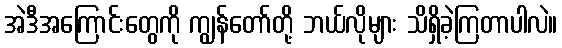
အဲဒီအကြောင်းတွေကို ကျွန်တော်တို့ ဘယ်လိုများ သိရှိခဲ့ကြတာပါလဲ။